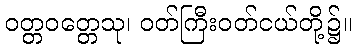
ဝတ္တဝတ္တေသု၊ ဝတ်ကြီးဝတ်ငယ်တို့၌။